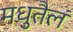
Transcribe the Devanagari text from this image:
मधुतैलं